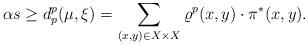
LaTeX: \begin{align*}\alpha s\geq d_p^p(\mu,\xi)=\sum_{(x,y)\in X\times X}\varrho^p(x,y)\cdot\pi^*(x,y).\end{align*}